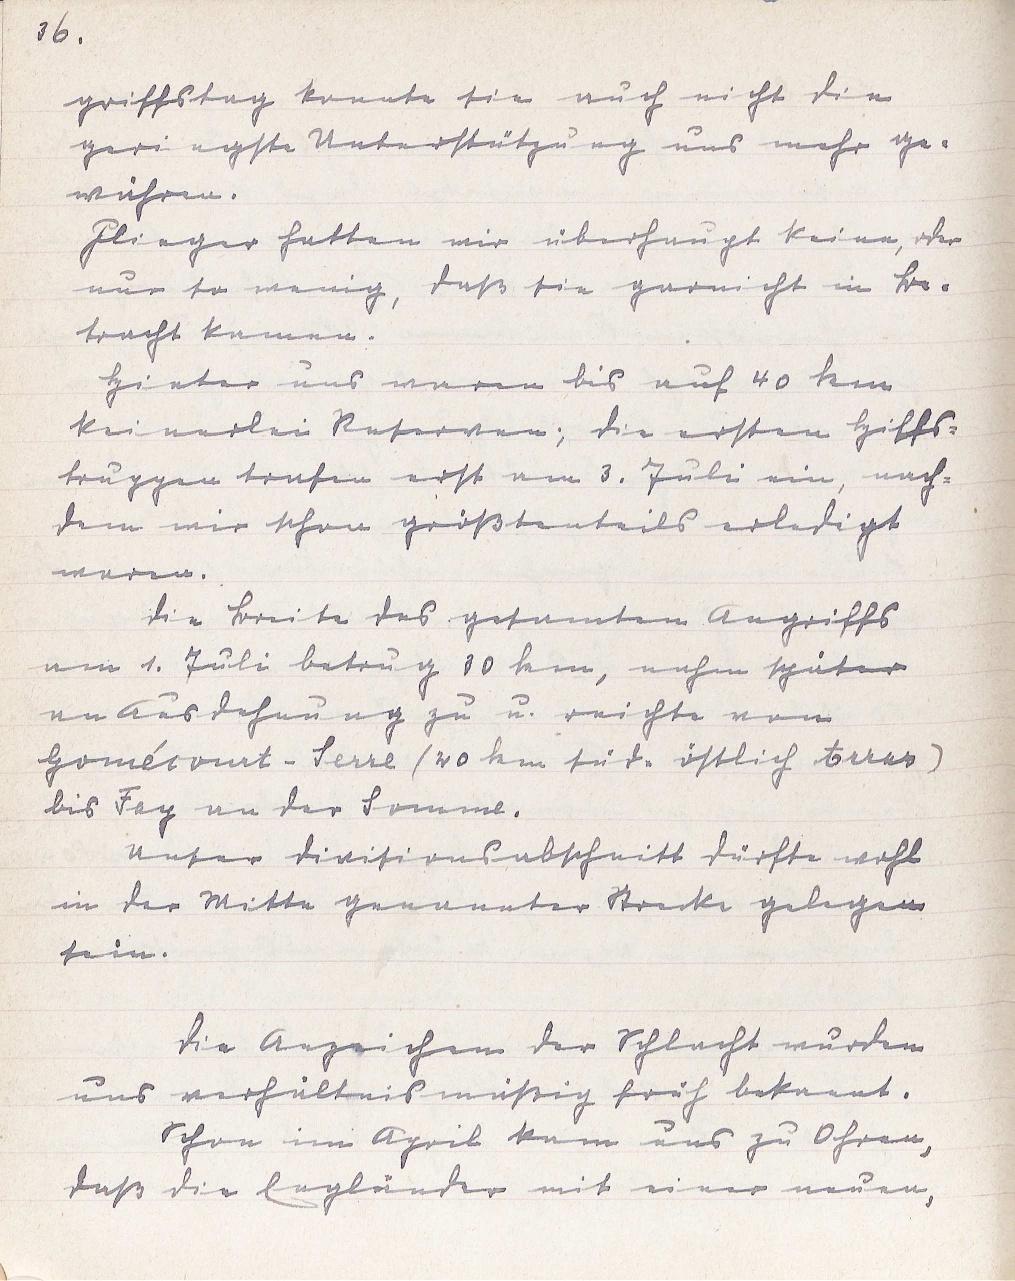
36.
griffstag konnte sie auch nicht die
geringste Unterstützung uns mehr ge¬
währen.
Flieger hatten wir überhaupt keine, oder
nur so wenig, daß sie garnicht in Be¬
tracht kamen.
Hinter uns waren bis auf 40 km
keinerlei Reserven; die ersten Hilfs¬
truppen trafen erst am 3. Juli ein, nach¬
dem wir schon größtenteils erledigt
waren.
Die Breite des gesamten Angriffs
am 1. Juli betrug 30 km, nahm später
an Ausdehnung zu u. reichte von
Gomécourt-Serre (20 km süd-östlich Arras)
bis Fay an der Somme.
Unser Divisionsabschnitt dürfte wohl
in der Mitte genannter Strecke gelegen
sein.
Die Anzeichen der Schlacht wurden
uns verhältnismäßig früh bekannt.
Schon im April kam uns zu Ohren,
daß die Engländer mit einer neuen,